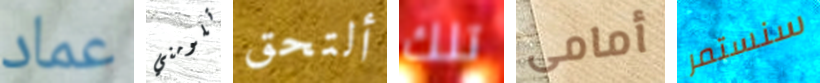
عماد تلومني ألتحق تلك أمامى سنستمر